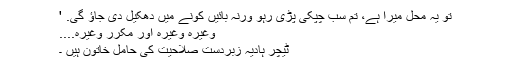
تو یہ محل میرا ہے، تم سب چپکی پڑی رہو ورنہ بائیں کونے میں دھکیل دی جاؤ گی. '
وغیرہ وغیرہ اور مکرر وغیرہ....
ٹیچر ہادیہ زبردست صلاحیت کی حامل خاتون ہیں ۔